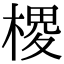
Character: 㮨